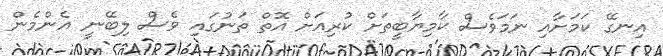
އިނގޭ ކަމަށާއި ނަމަވެސް ކާމިޔާބީތަށް ކުރިއަށް އޮތް ތަނުގައި ވެސް ލިބޭނީ އެންމެން